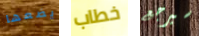
يضعها خطاب سيرجع